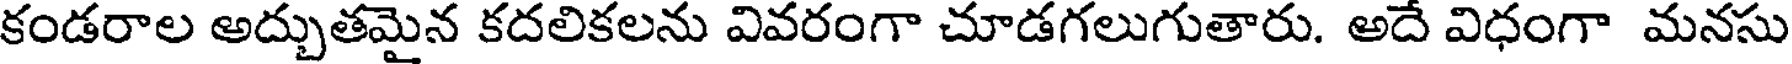
కండరాల అద్చుతమైన కదలికలను వివరంగా చూడగలుగుతారు. అదే విధంగా మనసు